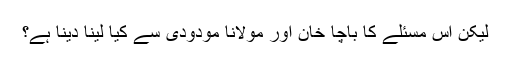
لیکن اس مسئلے کا باچا خان اور مولانا مودودی سے کیا لینا دینا ہے؟